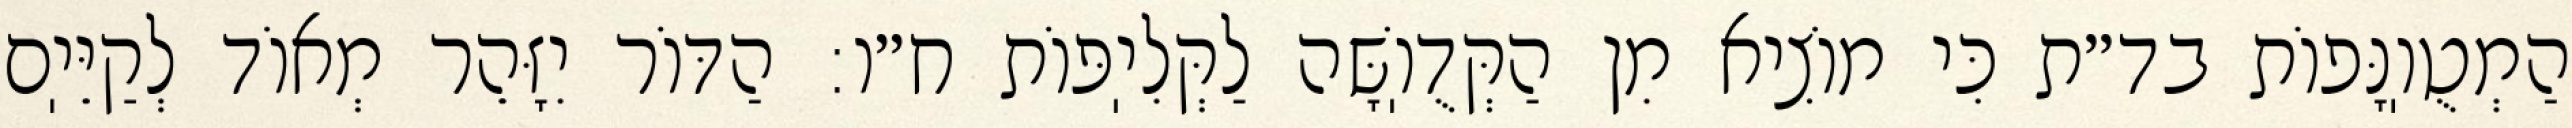
הַמְטֻוֽנָּפוֹת בד״ת כִּי מוֹצִיא מִן הַקְּדֻוֽשָּׁה לַקְּלִיֽפּוֹת ח״ו: הַדּוֹר יִזָּהֵר מְאוֹד לְקַיֵּיֽם